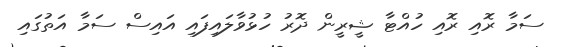
ސަމާ ރޮއި ރޮއި ހުއްޓާ ޝީރީން ދޮރު ހުޅުވާލައިފައި އައިސް ސަމާ އަތުގައި